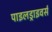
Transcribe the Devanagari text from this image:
पाइलड्राइवर्स